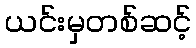
ယင်းမှတစ်ဆင့်